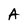
Character: A